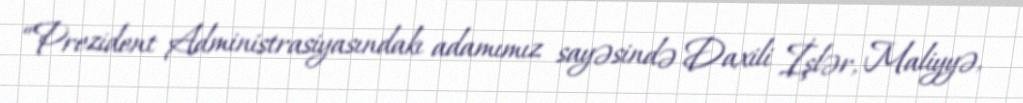
“Prezident Administrasiyasındakı adamımız sayəsində Daxili İşlər, Maliyyə,